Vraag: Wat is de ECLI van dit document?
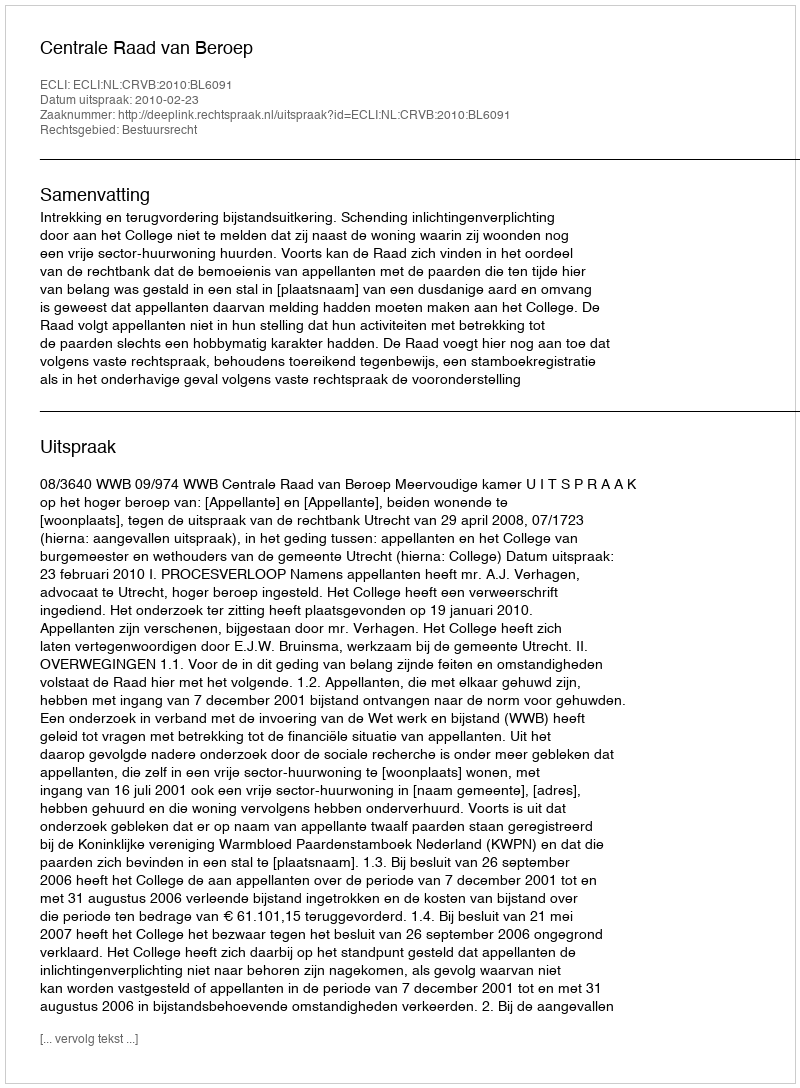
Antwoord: ECLI:NL:CRVB:2010:BL6091